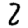
Digit: 2